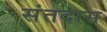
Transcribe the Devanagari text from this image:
संतदास